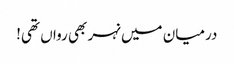
درمیان میں نہر بھی رواں تھی!